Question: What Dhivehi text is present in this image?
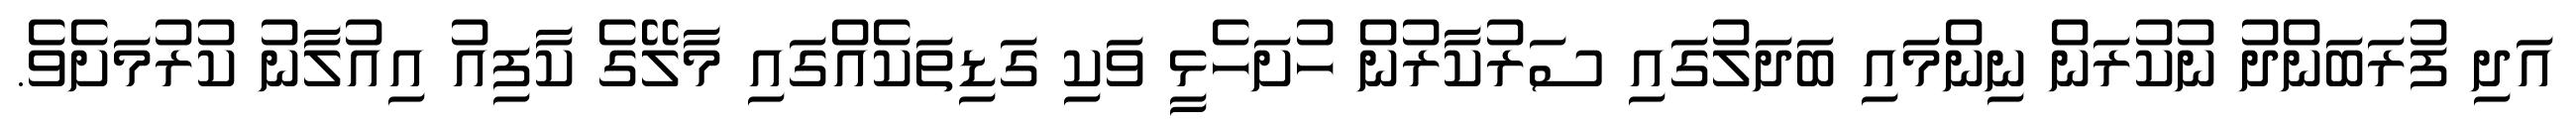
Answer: އަދި ފުރަބަންދު ނުކުރަން ނިންމައި ބަދަލުގައި ސަރުކާރުން ހުށަހެޅީ ވަކި ގަޑިތަކެއްގައި މާލޭގެ ކާފިއު އިއުލާނު ކުރުމަށެވެ.